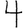
Digit: 4